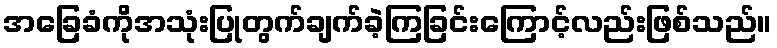
အခြေခံကိုအသုံးပြုတွက်ချက်ခဲ့ကြခြင်းကြောင့်လည်းဖြစ်သည်။